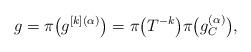
LaTeX: \begin{gather*}g=\pi\big(g^{[k](\alpha)}\big)=\pi\big(T^{-k}\big)\pi\big(g^{(\alpha)}_{C}\big),\end{gather*}